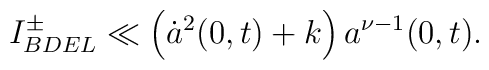
I^{\pm}_{BDEL}\ll \left(\dot{a}^2(0,t)+k\right)a^{\nu-1}(0,t).